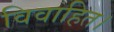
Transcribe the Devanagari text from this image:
विवाहित।